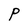
Character: P